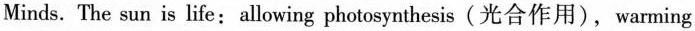
Minds. The sun is life:allowing photosynthesis(光合作用),warming